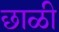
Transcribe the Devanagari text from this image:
छाळी